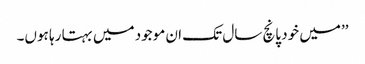
’’میں خود پانچ سال تک ان موجود میں بہتا رہا ہوں۔